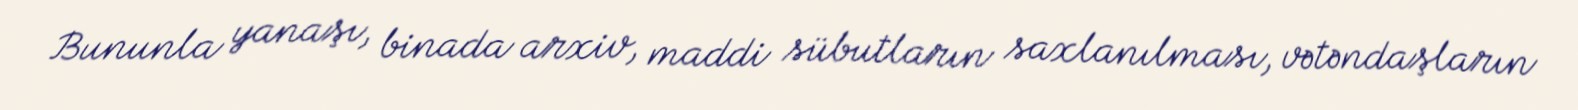
Bununla yanaşı, binada arxiv, maddi sübutların saxlanılması, vətəndaşların